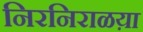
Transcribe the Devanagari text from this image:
निरनिराळय़ा